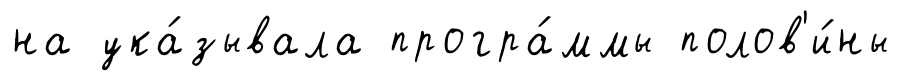
на ука́зывала програ́ммы полов'и́ны